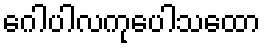
ဂေါပါလကုပေါသထော